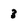
Character: 3